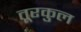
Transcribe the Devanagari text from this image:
तूरकुल